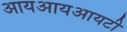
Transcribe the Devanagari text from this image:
आयआयआयटी